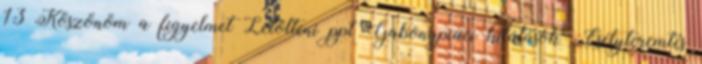
13 Köszönöm a figyelmet Letölteni ppt "Gabonapiaci kilátások" „Esélyteremtés